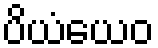
ပိယံယေဝ